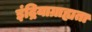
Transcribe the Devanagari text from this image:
इंद्रियाग्राह्यता